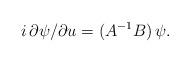
LaTeX: \begin{align*}i\,\partial\psi/\partial u=(A^{-1}B)\,\psi.\end{align*}